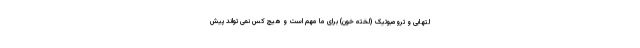
لتهابی و ترومبوتیک (لخته خون) برای ما مهم است و هیچ کس نمی تواند پیش